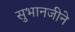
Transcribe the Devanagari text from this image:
सुभानजीने